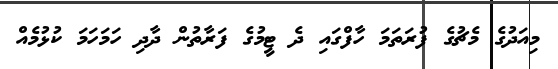
މިއަދުގެ މެޗުގެ ފުރަތަމަ ހާފްގައި ދެ ޓީމުގެ ފަރާތުން ދާދި ހަމަހަމަ ކުޅުމެއް